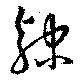
隷